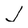
Character: J